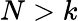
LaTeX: N>k